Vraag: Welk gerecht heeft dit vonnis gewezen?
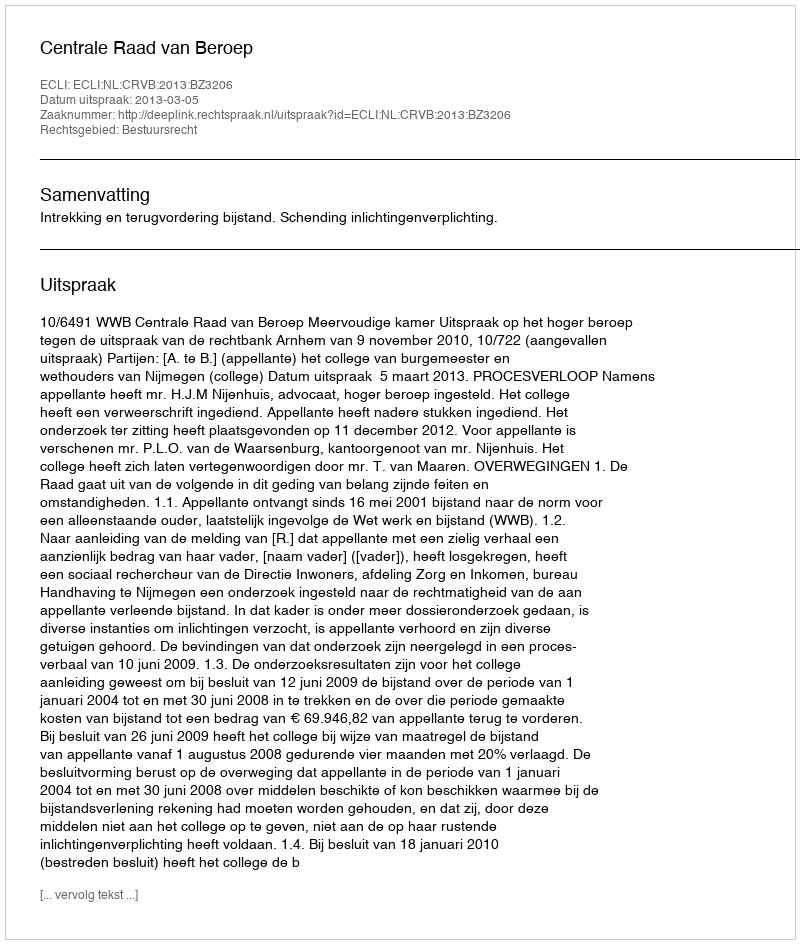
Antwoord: Centrale Raad van Beroep